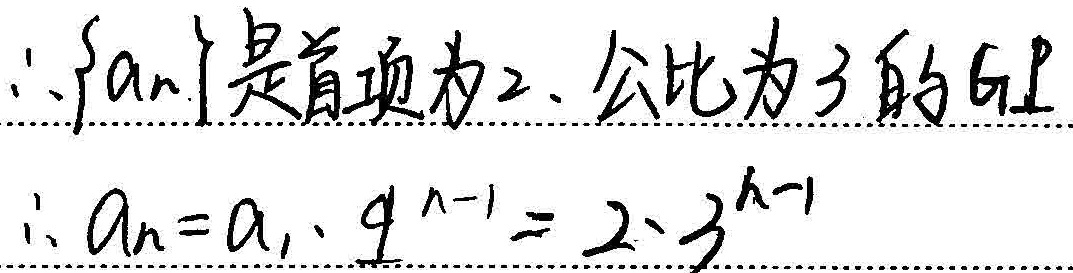
所以\(\{a_{n}\}\)是首项为\(2\)、公比为\(3\)的等比数列（GP表示等比数列，这里明确写出）。
所以\(a_{n}=a_{1}\cdot q^{n - 1}=2\cdot3^{n - 1}\)。